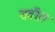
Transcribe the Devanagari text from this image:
तवील